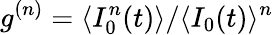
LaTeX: g^{(n)}=\langle I_{0}^{n}(t)\rangle/\langle I_{0}(t)\rangle^{n}